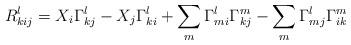
LaTeX: \begin{align*}R^l_{kij} = X_i \Gamma^l_{kj}-X_j \Gamma^l_{ki}+\sum_m \Gamma^l_{mi}\Gamma^m_{kj}-\sum_m \Gamma^l_{mj}\Gamma^m_{ik}\end{align*}